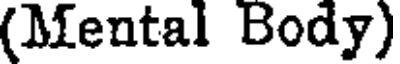
(Mental Body)